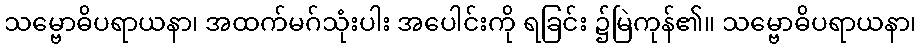
သမ္ဗောဓိပရာယနာ၊ အထက်မဂ်သုံးပါး အပေါင်းကို ရခြင်း ၌မြဲကုန်၏။ သမ္ဗောဓိပရာယနာ၊